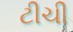
ટીચી